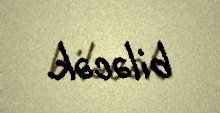
biləcək.